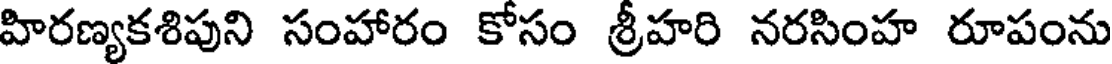
హిరణ్యకశిపుని సంహారం కోసం శ్రీహరి నరసింహ రూపంను